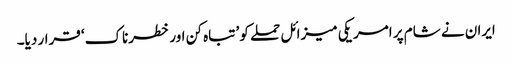
ایران نے شام پر امریکی میزائل حملے کو ’تباہ کن اور خطرناک‘ قرار دیا۔